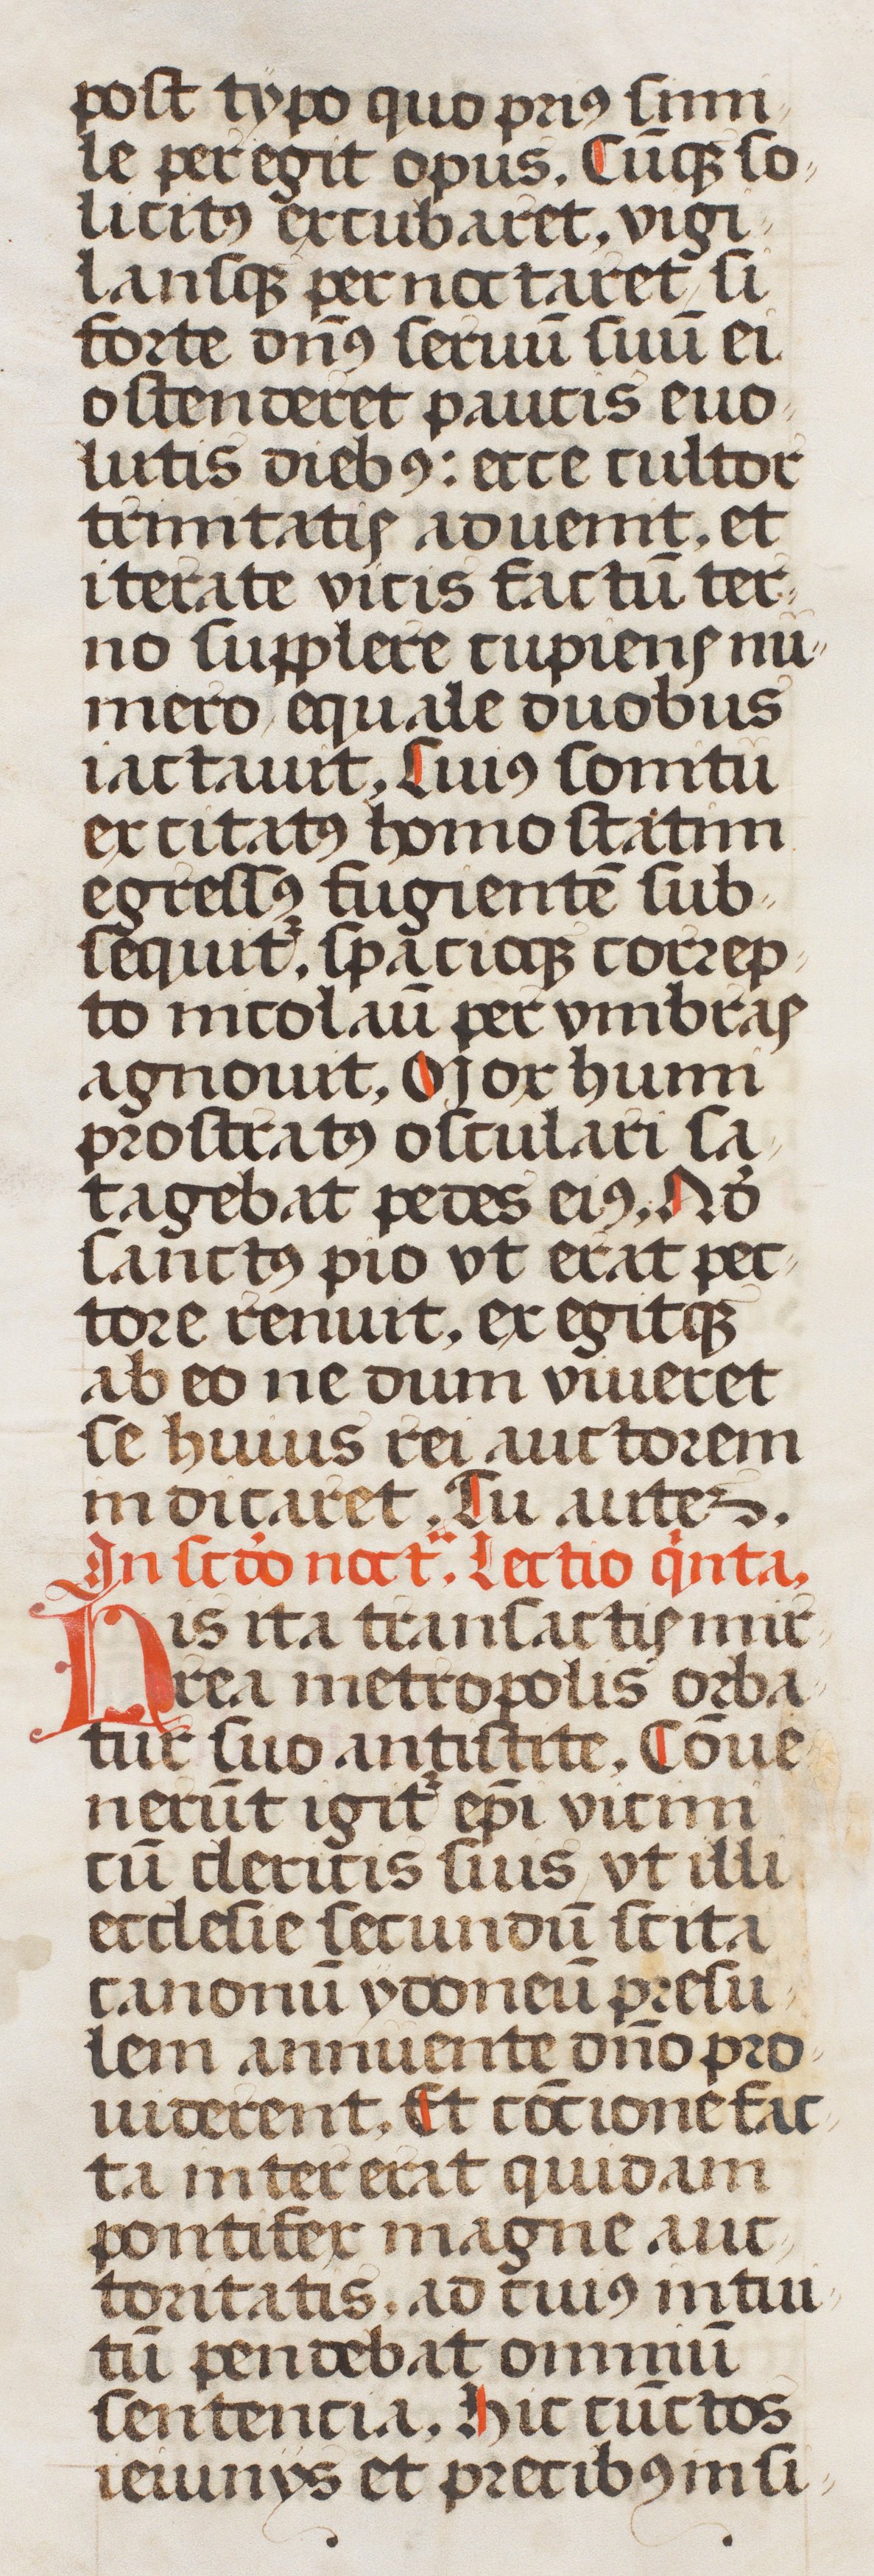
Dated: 1507–1517